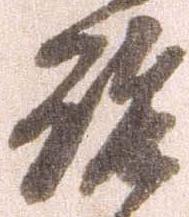
啓